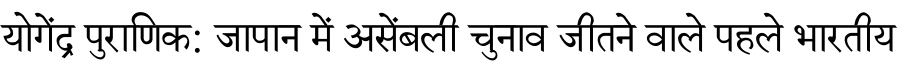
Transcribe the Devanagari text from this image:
योगेंद्र पुराणिक: जापान में असेंबली चुनाव जीतने वाले पहले भारतीय